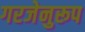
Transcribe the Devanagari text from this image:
गरजेनुरूप